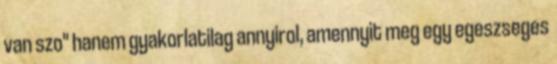
van szo" hanem gyakorlatilag annyirol, amennyit meg egy egeszseges